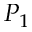
P _ { 1 }